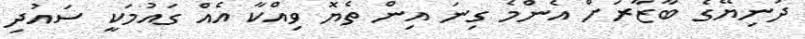
ދުނިޔޭގެ ބާޒާރަށް އެންމެ ގިނަ އިން ތެޔޮ ވިއްކާ އެއް ގައުމަކީ ސައުދި